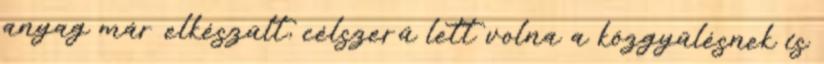
anyag már elkészült, célszerű lett volna a közgyűlésnek is